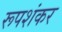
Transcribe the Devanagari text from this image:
रूपशंकर